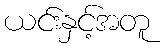
ယင်းနှင့်အတူ